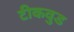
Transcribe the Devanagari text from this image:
टीकवुड